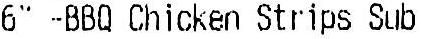
6" -BBQ CHICKEN STRIPS SUB